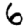
Digit: 6